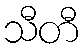
သီတီ